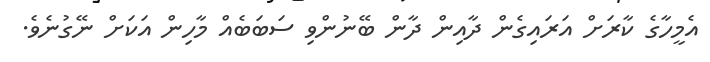
އެމީހާގެ ކާރަށް އަރައިގެން ދާއިން ދާން ބޭނުންވި ސަބަބެއް މާހިން އަކަށް ނޭގުނެވެ.